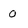
Character: 0